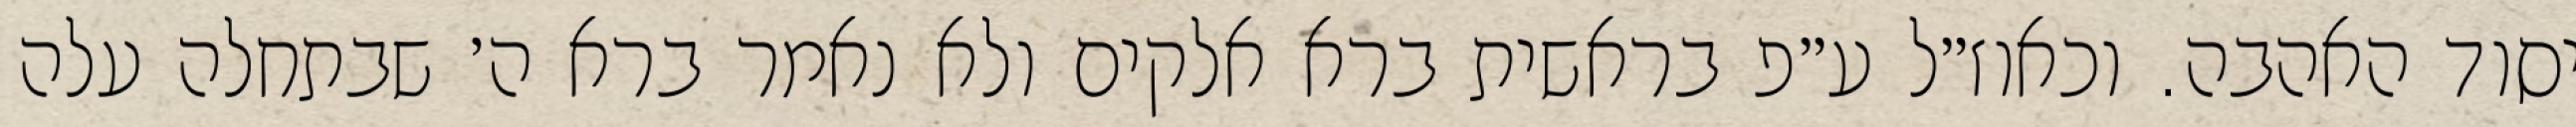
יסוד האהבה. וכאוז״ל ע״פ בראשית ברא אלקים ולא נאמר ברא ה׳ שבתחלה עלה